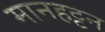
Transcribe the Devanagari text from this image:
मानहट्टन